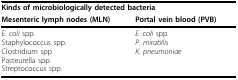
<table><thead><tr><td colspan="2"><b>Kinds of microbiologically detected bacteria</b></td></tr><tr><td><b>Mesenteric lymph nodes (MLN)</b></td><td><b>Portal vein blood (PVB)</b></td></tr></thead><tbody><tr><td><i>E. coli </i>spp.Staphylococcus spp.Clostridium spp.Pasteurella spp.Streptococcus spp.</td><td><i>E. coli </i>spp.<i>P. mirabilis</i><i>K. pneumoniae</i></td></tr></tbody></table>